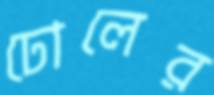
ঢোলের